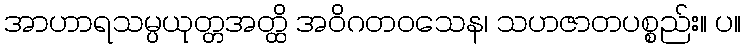
အာဟာရသမ္ပယုတ္တအတ္ထိ အဝိဂတဝသေန၊ သဟဇာတပစ္စည်း။ ပ။